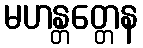
မဟန္တတ္တေန